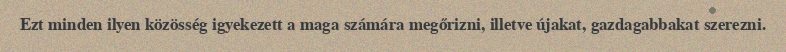
Ezt minden ilyen közösség igyekezett a maga számára megőrizni, illetve újakat, gazdagabbakat szerezni.